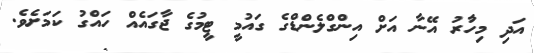
އަދި މިހާުރު އޭނާ އަށް އިންގްލެންޑްގެ ގައުމީ ޓީމުގެ ޖާގައެއް ހައްގު ކަމަށެވެ.